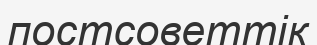
постсоветтік